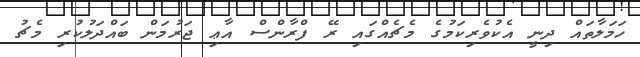
ހަމަލާތައް ދިނީ އެކުވެރިކަމުގެ މެޗެއްގައި ރޭ ފްރާންސް އާޢި ޖަރުމަން ބައްދަލުކުރި މެޗު